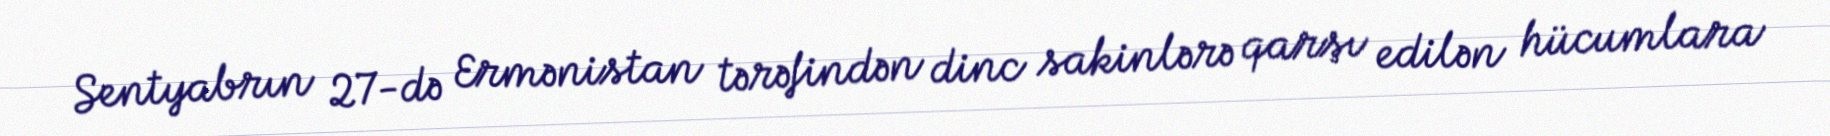
Sentyabrın 27-də Ermənistan tərəfindən dinc sakinlərə qarşı edilən hücumlara